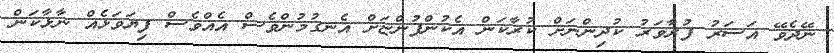
ނޭދެވޭ އަސަރު ފުރާވަރު ކުދިންނަށް ކުރާކަން އެކުންފުންޏަށް އެނގުމުންވެސް އެއްވެސް ފިޔަވަޅެއް ނާޅާކަން